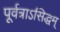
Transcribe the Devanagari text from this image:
पूर्वत्राऽसिद्धम्